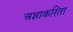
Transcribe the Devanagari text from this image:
अशाकरिता